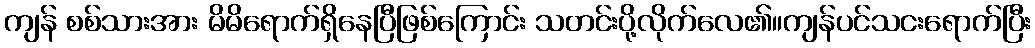
ကျန် စစ်သားအား မိမိရောက်ရှိနေပြီဖြစ်ကြောင်း သတင်းပို့လိုက်လေ၏။ကျန်ပင်သငးရောက်ပြီး